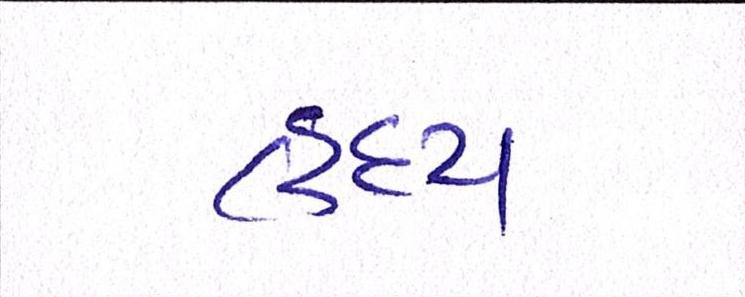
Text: હૃદય